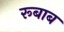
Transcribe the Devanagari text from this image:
रूबाब